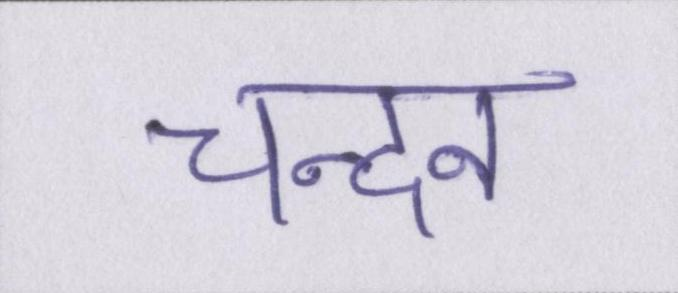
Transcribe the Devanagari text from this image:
चन्दन